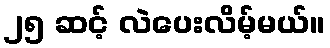
၂၅ ဆင့် လဲပေးလိမ့်မယ်။